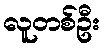
လူတစ်ဦး